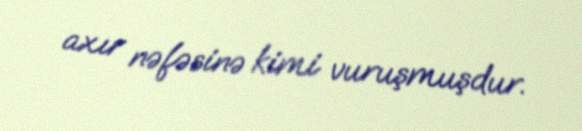
axır nəfəsinə kimi vuruşmuşdur.